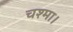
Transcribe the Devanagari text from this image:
चश्मा।